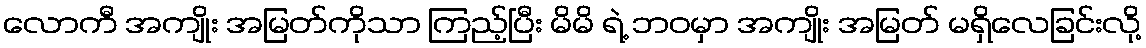
လောကီ အကျိုး အမြတ်ကိုသာ ကြည့်ပြီး မိမိ ရဲ့ ဘဝမှာ အကျိုး အမြတ် မရှိလေခြင်းလို့